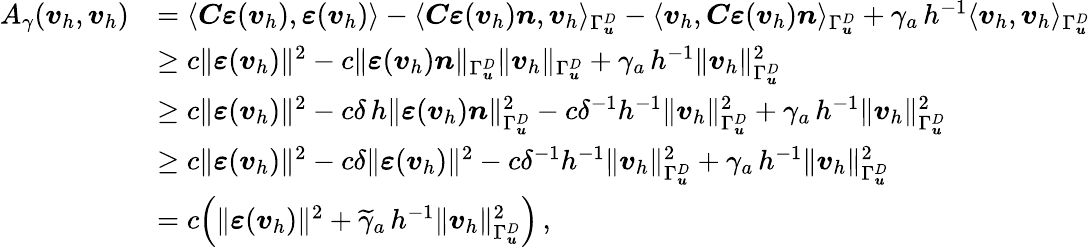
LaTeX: \begin{array}{rl}{A_{\gamma}(\boldsymbol v_{h},\boldsymbol v_{h})}&{=\langle\boldsymbol C\boldsymbol\varepsilon(\boldsymbol v_{h}),\boldsymbol\varepsilon(\boldsymbol v_{h})\rangle-\langle\boldsymbol C\boldsymbol\varepsilon(\boldsymbol v_{h})\boldsymbol n,\boldsymbol v_{h}\rangle_{\Gamma_{\boldsymbol u}^{D}}-\langle\boldsymbol v_{h},\boldsymbol C\boldsymbol\varepsilon(\boldsymbol v_{h})\boldsymbol n\rangle_{\Gamma_{\boldsymbol u}^{D}}+\gamma_{a}\, h^{-1}\langle\boldsymbol v_{h},\boldsymbol v_{h}\rangle_{\Gamma_{\boldsymbol u}^{D}}}\\ &{\geq c\| \boldsymbol\varepsilon(\boldsymbol v_{h})\| ^{2}-c\| \boldsymbol\varepsilon(\boldsymbol v_{h})\boldsymbol n\| _{\Gamma_{\boldsymbol u}^{D}}\| \boldsymbol v_{h}\| _{\Gamma_{\boldsymbol u}^{D}}+\gamma_{a}\, h^{-1}\| \boldsymbol v_{h}\| _{\Gamma_{\boldsymbol u}^{D}}^{2}}\\ &{\geq c\| \boldsymbol\varepsilon(\boldsymbol v_{h})\| ^{2}-c\delta\, h\| \boldsymbol\varepsilon(\boldsymbol v_{h})\boldsymbol n\| _{\Gamma_{\boldsymbol u}^{D}}^{2}-c\delta^{-1}h^{-1}\| \boldsymbol v_{h}\| _{\Gamma_{\boldsymbol u}^{D}}^{2}+\gamma_{a}\, h^{-1}\| \boldsymbol v_{h}\| _{\Gamma_{\boldsymbol u}^{D}}^{2}}\\ &{\geq c\| \boldsymbol\varepsilon(\boldsymbol v_{h})\| ^{2}-c\delta\| \boldsymbol\varepsilon(\boldsymbol v_{h})\| ^{2}-c\delta^{-1}h^{-1}\| \boldsymbol v_{h}\| _{\Gamma_{\boldsymbol u}^{D}}^{2}+\gamma_{a}\, h^{-1}\| \boldsymbol v_{h}\| _{\Gamma_{\boldsymbol u}^{D}}^{2}}\\ &{=c\Big(\| \boldsymbol\varepsilon(\boldsymbol v_{h})\| ^{2}+\widetilde\gamma_{a}\, h^{-1}\| \boldsymbol v_{h}\| _{\Gamma_{\boldsymbol u}^{D}}^{2}\Big)\, ,}\end{array}